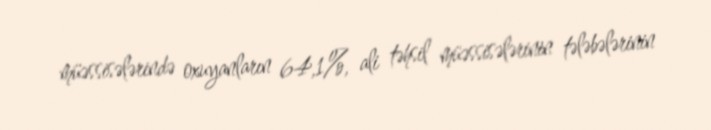
müəssisələrində oxuyanların 64,1%, ali təhsil müəssisələrinin tələbələrinin